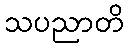
သပညာတိ